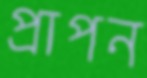
প্রাপন